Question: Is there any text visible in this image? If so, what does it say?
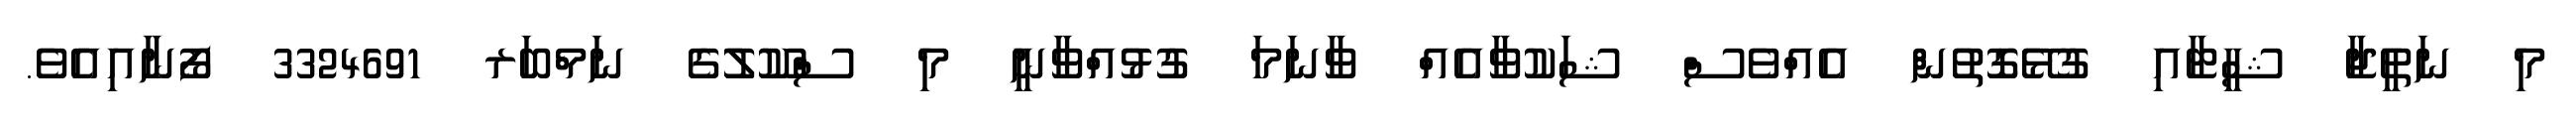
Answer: މި ނަތީޖާ ޝީޓާއި ގުޅޭގޮތުން އެއްވެސް ޝަކުވާއެއް ވާނަމަ ގުޅުއްވާނީ މި ސްކޫލުގެ ނަމްބަރ 3324691 ފޯނާއިއެވެ.